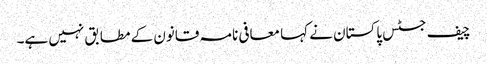
چیف جسٹس پاکستان نے کہا معافی نامہ قانون کے مطابق نہیں ہے۔